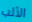
الألب